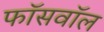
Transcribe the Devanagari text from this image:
फॉसवॉल